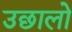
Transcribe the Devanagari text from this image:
उछालो